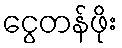
ငွေတန်ဖိုး